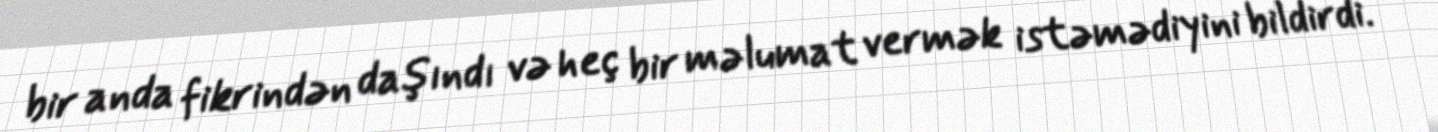
bir anda fikrindən daşındı və heç bir məlumat vermək istəmədiyini bildirdi.